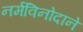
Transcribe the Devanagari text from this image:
नर्मविनोदाने